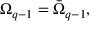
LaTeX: \Omega _ { q - 1 } = \bar { \Omega } _ { q - 1 } ,